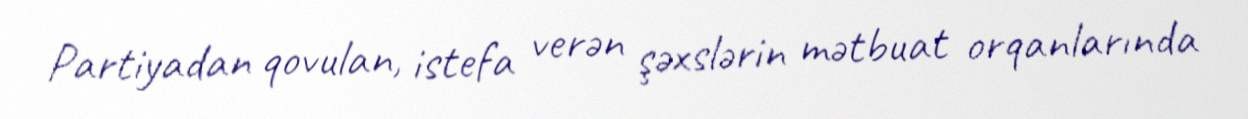
Partiyadan qovulan, istefa verən şəxslərin mətbuat orqanlarında